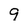
Character: 9